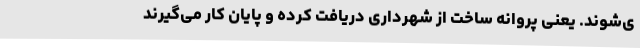
ی‌شوند. یعنی پروانه ساخت از شهرداری دریافت کرده و پایان کار می‌گیرند